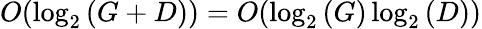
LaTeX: O(\log_{2}{(G+D)})=O(\log_{2}{(G)}\log_{2}{(D)})